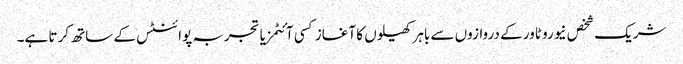
شریک شخص نیورو ٹاور کے دروازوں سے باہر کھیلوں کا آغاز کسی آئٹمز یا تجربہ پوائنٹس کے ساتھ کرتا ہے۔